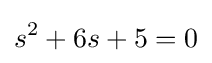
s^{2}+6s+5=0